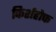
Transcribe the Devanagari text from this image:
किर्शहोफ